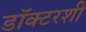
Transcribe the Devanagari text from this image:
डॉक्टरशी